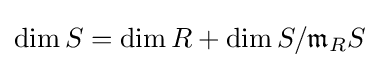
\dim S=\dim R+\dim S/{\mathfrak {m}}_{R}S